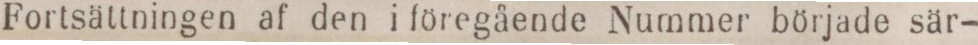
Fortsättningen af den i föregående Nummer började sär-